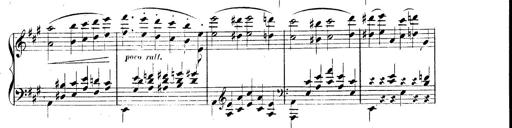
Title: 3 Caprices-Valses
Composer: Franz Liszt